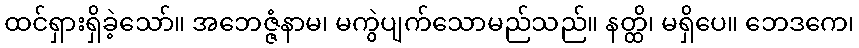
ထင်ရှားရှိခဲ့သော်။ အဘေဇ္ဇံနာမ၊ မကွဲပျက်သောမည်သည်။ နတ္ထိ၊ မရှိပေ။ ဘေဒကေ၊